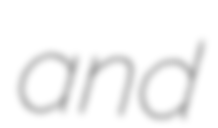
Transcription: and